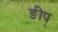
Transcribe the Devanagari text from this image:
ङीप्